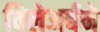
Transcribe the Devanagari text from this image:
विलेअर्बने